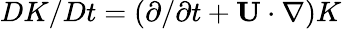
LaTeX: DK/Dt=(\partial/\partial t+{\mathbf{U}}\cdot\nabla)K